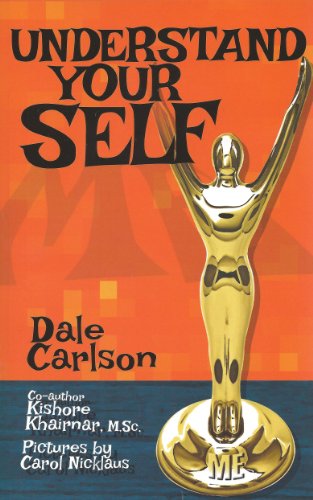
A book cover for Understand Your Self: Teen Manual for the Understanding of Oneself; Dale Carlson; Teen & Young Adult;